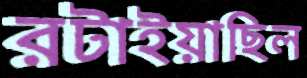
রটাইয়াছিল